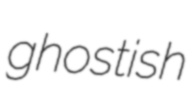
ghostish